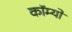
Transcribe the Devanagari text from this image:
कॉम्‍यो